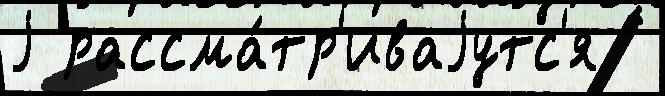
j рассма́тр'иваjутс'я